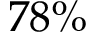
7 8 \%